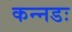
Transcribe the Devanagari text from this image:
कन्नडः